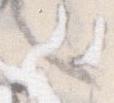
々